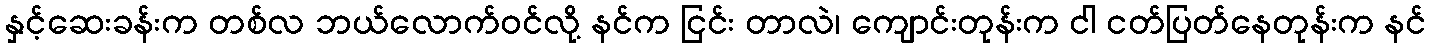
နှင့်ဆေးခန်းက တစ်လ ဘယ်လောက်ဝင်လို့ နင်က ငြင်း တာလဲ၊ ကျောင်းတုန်းက ငါ ငတ်ပြတ်နေတုန်းက နင်